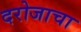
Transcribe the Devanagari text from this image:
दरोजाचा